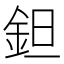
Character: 鉭